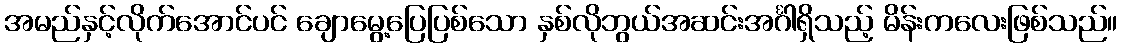
အမည်နှင့်လိုက်အောင်ပင် ချောမွေ့ပြေပြစ်သော နှစ်လိုဘွယ်အဆင်းအင်္ဂါရှိသည့် မိန်းကလေးဖြစ်သည်။